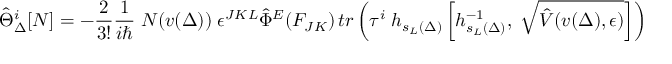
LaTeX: \hat { \Theta } _ { \Delta } ^ { i } [ N ] = - \frac { 2 } { 3 ! } \frac { 1 } { i \hbar } \; N ( v ( \Delta ) ) \; \epsilon ^ { J K L } { \hat { \Phi } } ^ { E } ( F _ { J K } ) \, t r \left( \tau ^ { i } \; h _ { s _ { L } ( \Delta ) } \left[ h _ { s _ { L } ( \Delta ) } ^ { - 1 } , \; \sqrt { \hat { V } ( v ( \Delta ) , \epsilon ) } \right] \right)